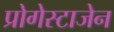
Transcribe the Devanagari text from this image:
प्रोगेस्टाजेन